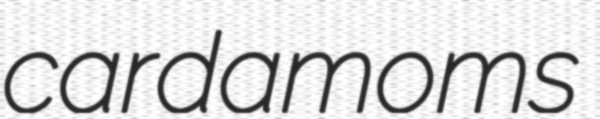
cardamoms